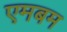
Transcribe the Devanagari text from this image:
एमबम